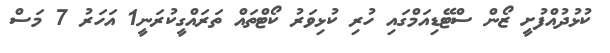
ކުޅުދުއްފުށީ ޒޯން ސްޓޭޑިއަމްގައި ހުރި ކުޅިވަރު ކޯޓްތައް ތަރައްގީކުރަނީ1 އަހަރު 7 މަސް